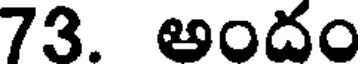
73. అందం